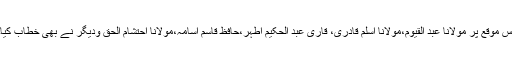
اس موقع پر مولانا عبد القیوم،مولانا اسلم قادری، قاری عبد الحکیم اطہر،حافظ قاسم اسامہ،مولانا احتشام الحق ودیگر نے بھی خطاب کیا۔